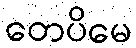
တေပိမေ